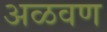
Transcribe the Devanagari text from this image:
अळवण